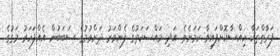
ފަރާތްތަކާ ހިއްސާކޮށްފައިވާ ކަމަށެވެ. އަދި މައްސަކަތުގެ ފެންވަރު ދަށްވުމުގެ ސަބަބުން އެއްފަހަރު މަގުގެ